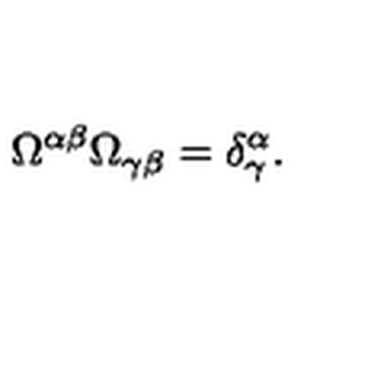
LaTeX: \Omega ^ { \alpha \beta } \Omega _ { \gamma \beta } = \delta _ { \gamma } ^ { \alpha } .